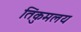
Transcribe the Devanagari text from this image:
तिंकुमलय